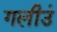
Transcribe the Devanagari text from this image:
गलीउं